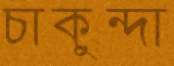
চাকুন্দা